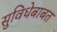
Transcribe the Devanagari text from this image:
सुविधेबाबत